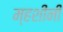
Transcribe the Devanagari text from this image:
म्हशींनी